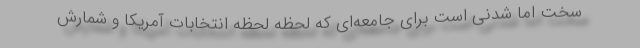
سخت اما شدنی است برای جامعه‌ای که لحظه لحظه انتخابات آمریکا و شمارش